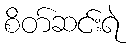
စိတ်ဆင်းရဲ